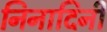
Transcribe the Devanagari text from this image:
निनादिनी